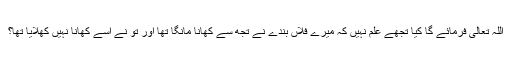
اللہ تعالیٰ فرمائے گا کیا تجھے علم نہیں کہ میرے فلاں بندے نے تجھ سے کھانا مانگا تھا اور تُو نے اسے کھانا نہیں کھلایا تھا؟